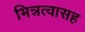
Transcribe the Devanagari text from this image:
भिन्नत्वासह